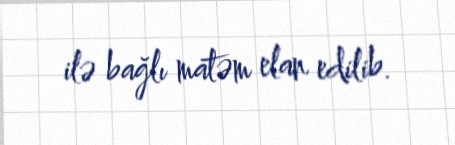
ilə bağlı matəm elan edilib.